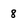
Character: 8